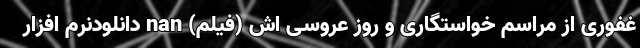
غفوری از مراسم خواستگاری و روز عروسی اش (فیلم) nan دانلودنرم افزار